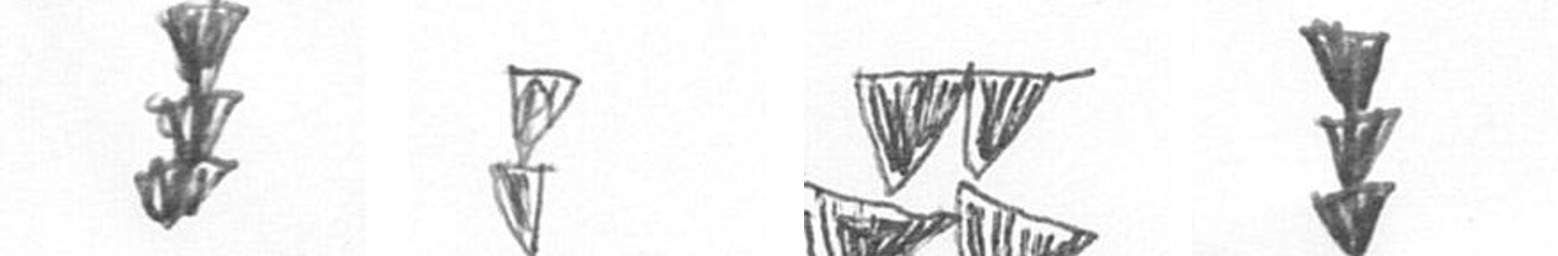
E Z B E